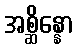
အစ္ဆိန္နော